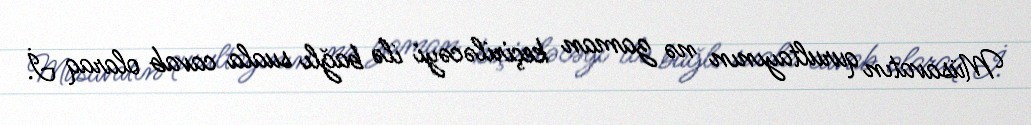
Müsavatın qurultayının nə zaman keçiriləcəyi ilə bağlı suala cavab olaraq İ.